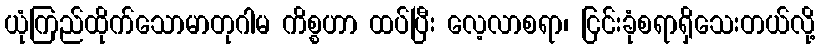
ယုံကြည်ထိုက်သောမာတုဂါမ ကိစ္စဟာ ထပ်ပြီး လေ့လာစရာ၊ ငြင်းခုံစရာရှိသေးတယ်လို့